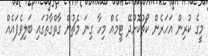
މީގެ ކުރިން އަހަރެން ކޯޗުކޮށްދޭ ޓީމެއް މިހާ ގިނަ މެޗުން ގާތްގާތުގައި ބަލިވެފައެއް